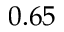
0 . 6 5